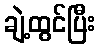
ချဲ့ထွင်ပြီး